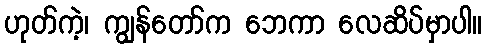
ဟုတ်ကဲ့၊ ကျွန်တော်က ဘေကာ လေဆိပ်မှာပါ။